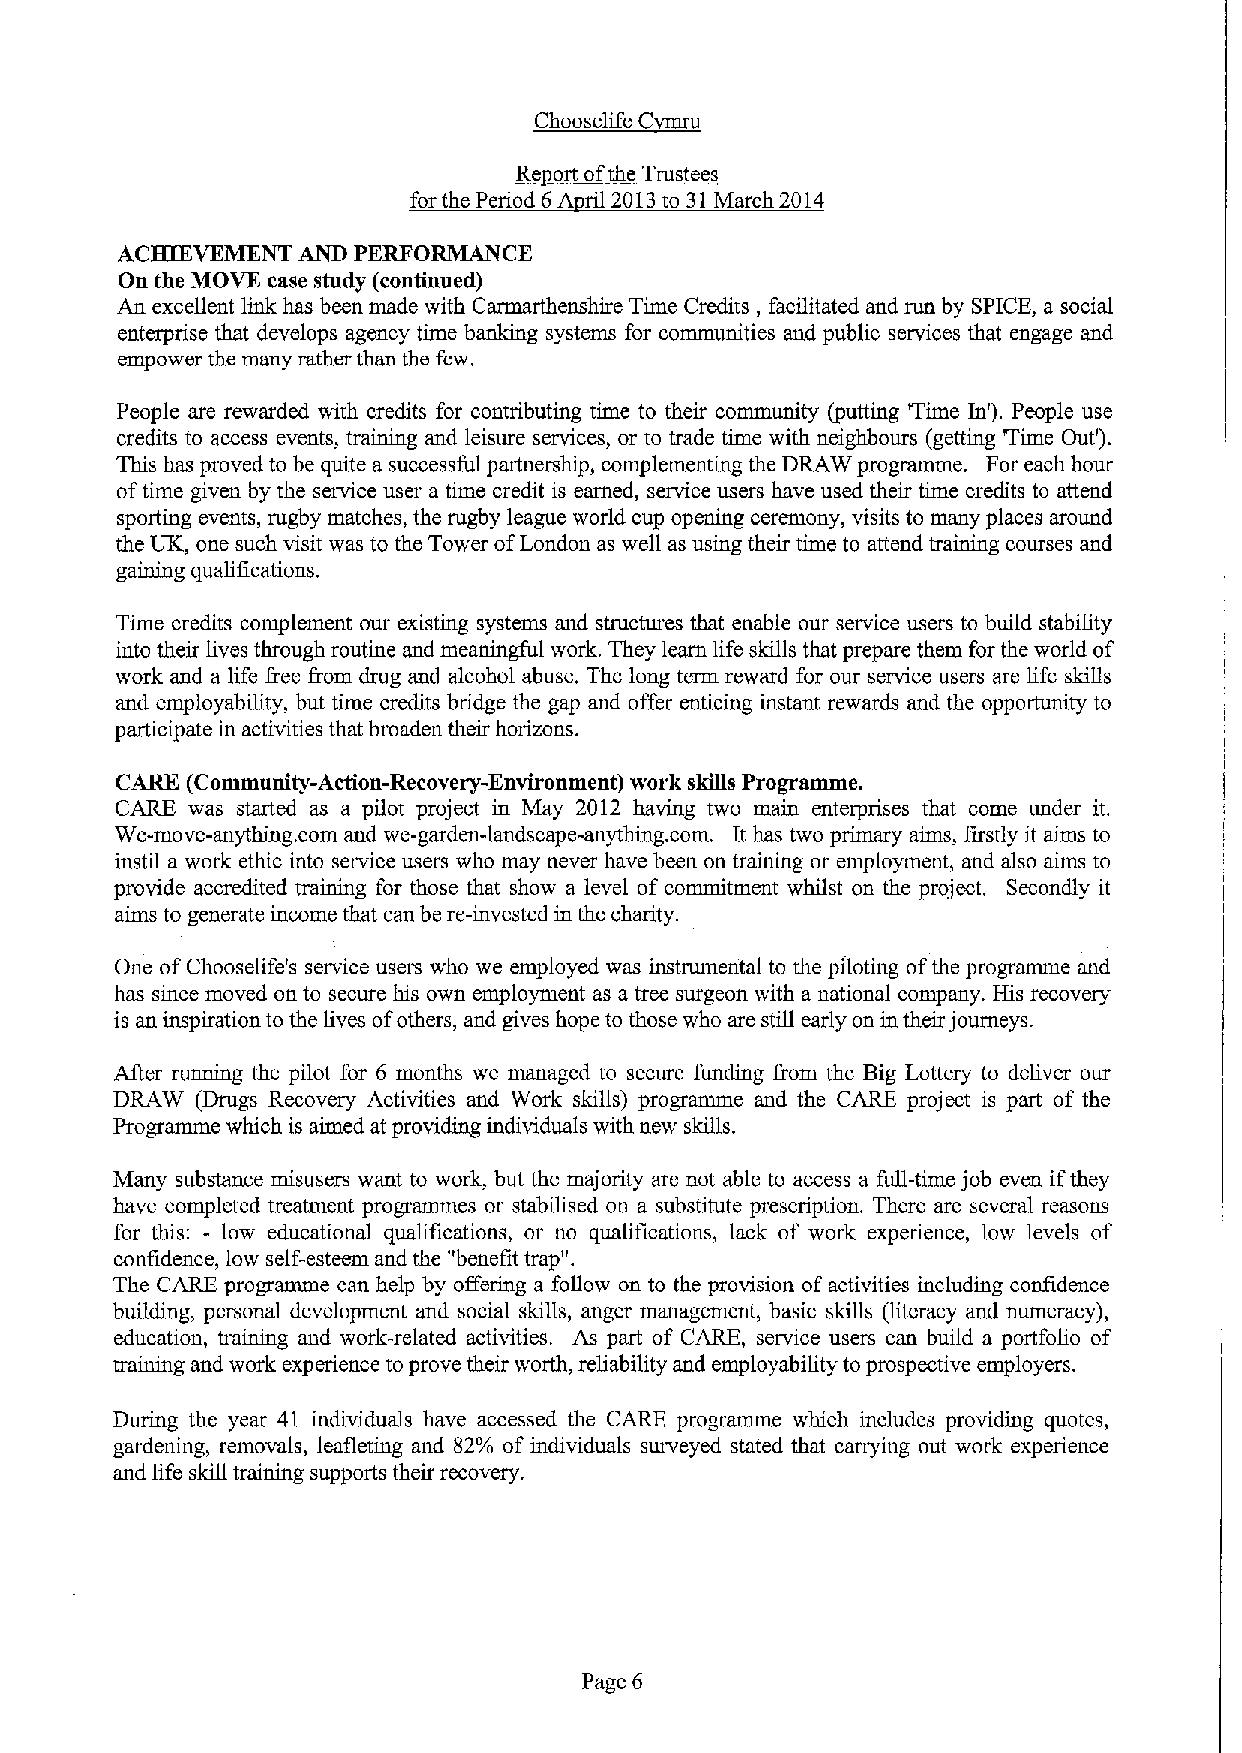
ua
 ~Ch    C
 R  ort ofthe Trustees
 for the Period 6A ril 2013to 31March 2014
 ACHIEVEMENT AND PERFORMANCE
 On the MOVE case study (continued)
 An excellent link has been made with Carmarthenshire Time Credits, facilitated and run by SPICE, a social
 enterprise that develops agency time banking systems for communities aud public services that engage and
 empower the many rather than the few.
 People are rewarded with credits for contributing time to their community (putting Time In').People use
 credits to access events, training and leisure services, or to trade time with neighbours (getting 'Time Out').
 This has proved to be quite a successful partnership, complementing the DRAW programme. For each hour
 oftime given by the service user a time credit is earned, service users have used their time credits to attend
 sporting events, rugby matches, the rugby league world cup opening ceremony, visits to many places around
 the UK, one such visit was to the Tower ofLondon as well as using their time to attend training courses and
 gaining qualifications.
 Time credits complement our existing systems and structures that enable our service users to build stability
 into their lives through routine and meaningful work. They learn life skills that prepare them for the world of
 work and a life free from drug and alcohol abuse. The long term reward for our service users are life skills
 and employability, but time credits bridge the gap and offer enticing instant rewards and the opportunity to
 participate in activities that broaden their horizons.
 CARE (Community-Action-Recovery-Environment) work skills Programme.
 CARE was started as a pilot project in May 2012 having two main enterprises that come under it.
 We-move-anything. corn and we-garden-landscape-anything. corn. It has two primary aims, firstly it aims to
 instil a work ethic into service users who may never have been on training or employment, and also aims to
 provide accredited training for those that show a level of commitment whilst on the project. Secondly it
 aims to generate income that can be re-invested in the charity.
 One ofChooselife's service users who we employed was instrumental to the piloting ofthe programme and
 has since moved on to secure his own employment as a tree surgeon with a national company. His recovery
 is an inspiration to the lives ofothers, and gives hope to those who are still early on in their journeys.
 After running the pilot for 6 months we managed to secure funding from the Big Lottery to deliver our
 DRAW  (Drugs Recovery Actiidties and Work skills) programme and the CARE project is part of the
 Programme which is aimed at providing individuals with new skills.
 Many substance misusers want to work, but the majority are not able to access a full-time job even ifthey
 have completed treatment programmes or stabilised on a substitute prescription. There are several reasons
 for this: - low educational qualifications, or no qualifications, lack of work experience, low levels of
 confidence, low self-esteem and the "benefit trap".
 The CARE programme can help by offering a follow on to the provision ofactivities including confidence
 building, personal development and social skills, anger management, basic skills (literacy and numeracy),
 education, training and work-related activities. As part of CARE, service users can build a portfolio of
 training and work experience to prove their worth, reliability and employability to prospective employers.
 During the year 41 individuals have accessed the CARE programme which includes providing quotes,
 gardening, removals, leafieting and 82% of individuals surveyed stated that carrying out work experience
 and life skill training supports their recovery.
 Page 6